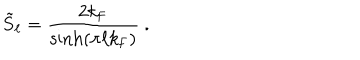
\tilde { S } _ { \ell } = \frac { 2 k _ { \mathrm { F } } } { \sinh ( \pi \ell k _ { \mathrm { F } } ) } \ .